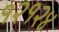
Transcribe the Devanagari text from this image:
१२१२४